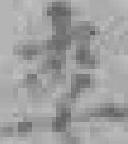
李